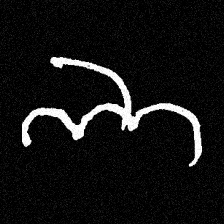
Pyu character \u2014 Myanmar letter: ဘ (romanized: bha)